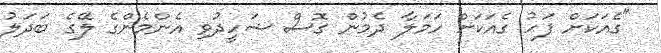
"ގެއަކަށް ފަހު ގެއަކަށް ހަމަލާ ދެމުން ގޮސް ޝަހީދުވި އެންމެންގެ ލޭގެ ބަދަލު